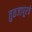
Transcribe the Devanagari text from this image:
तुळजापूरचे